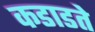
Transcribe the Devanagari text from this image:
कडाडते